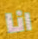
انا